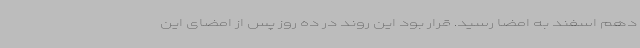
دهم اسفند به امضا رسید. قرار بود این روند در ده روز پس از امضای این